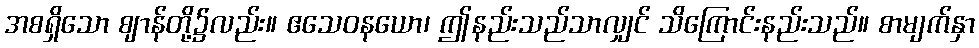
အစရှိသော ဈာန်တို့၌လည်း။ ဧသေဝနယော၊ ဤနည်းသည်သာလျှင် သိကြောင်းနည်းသည်။ စာမျက်နှာ